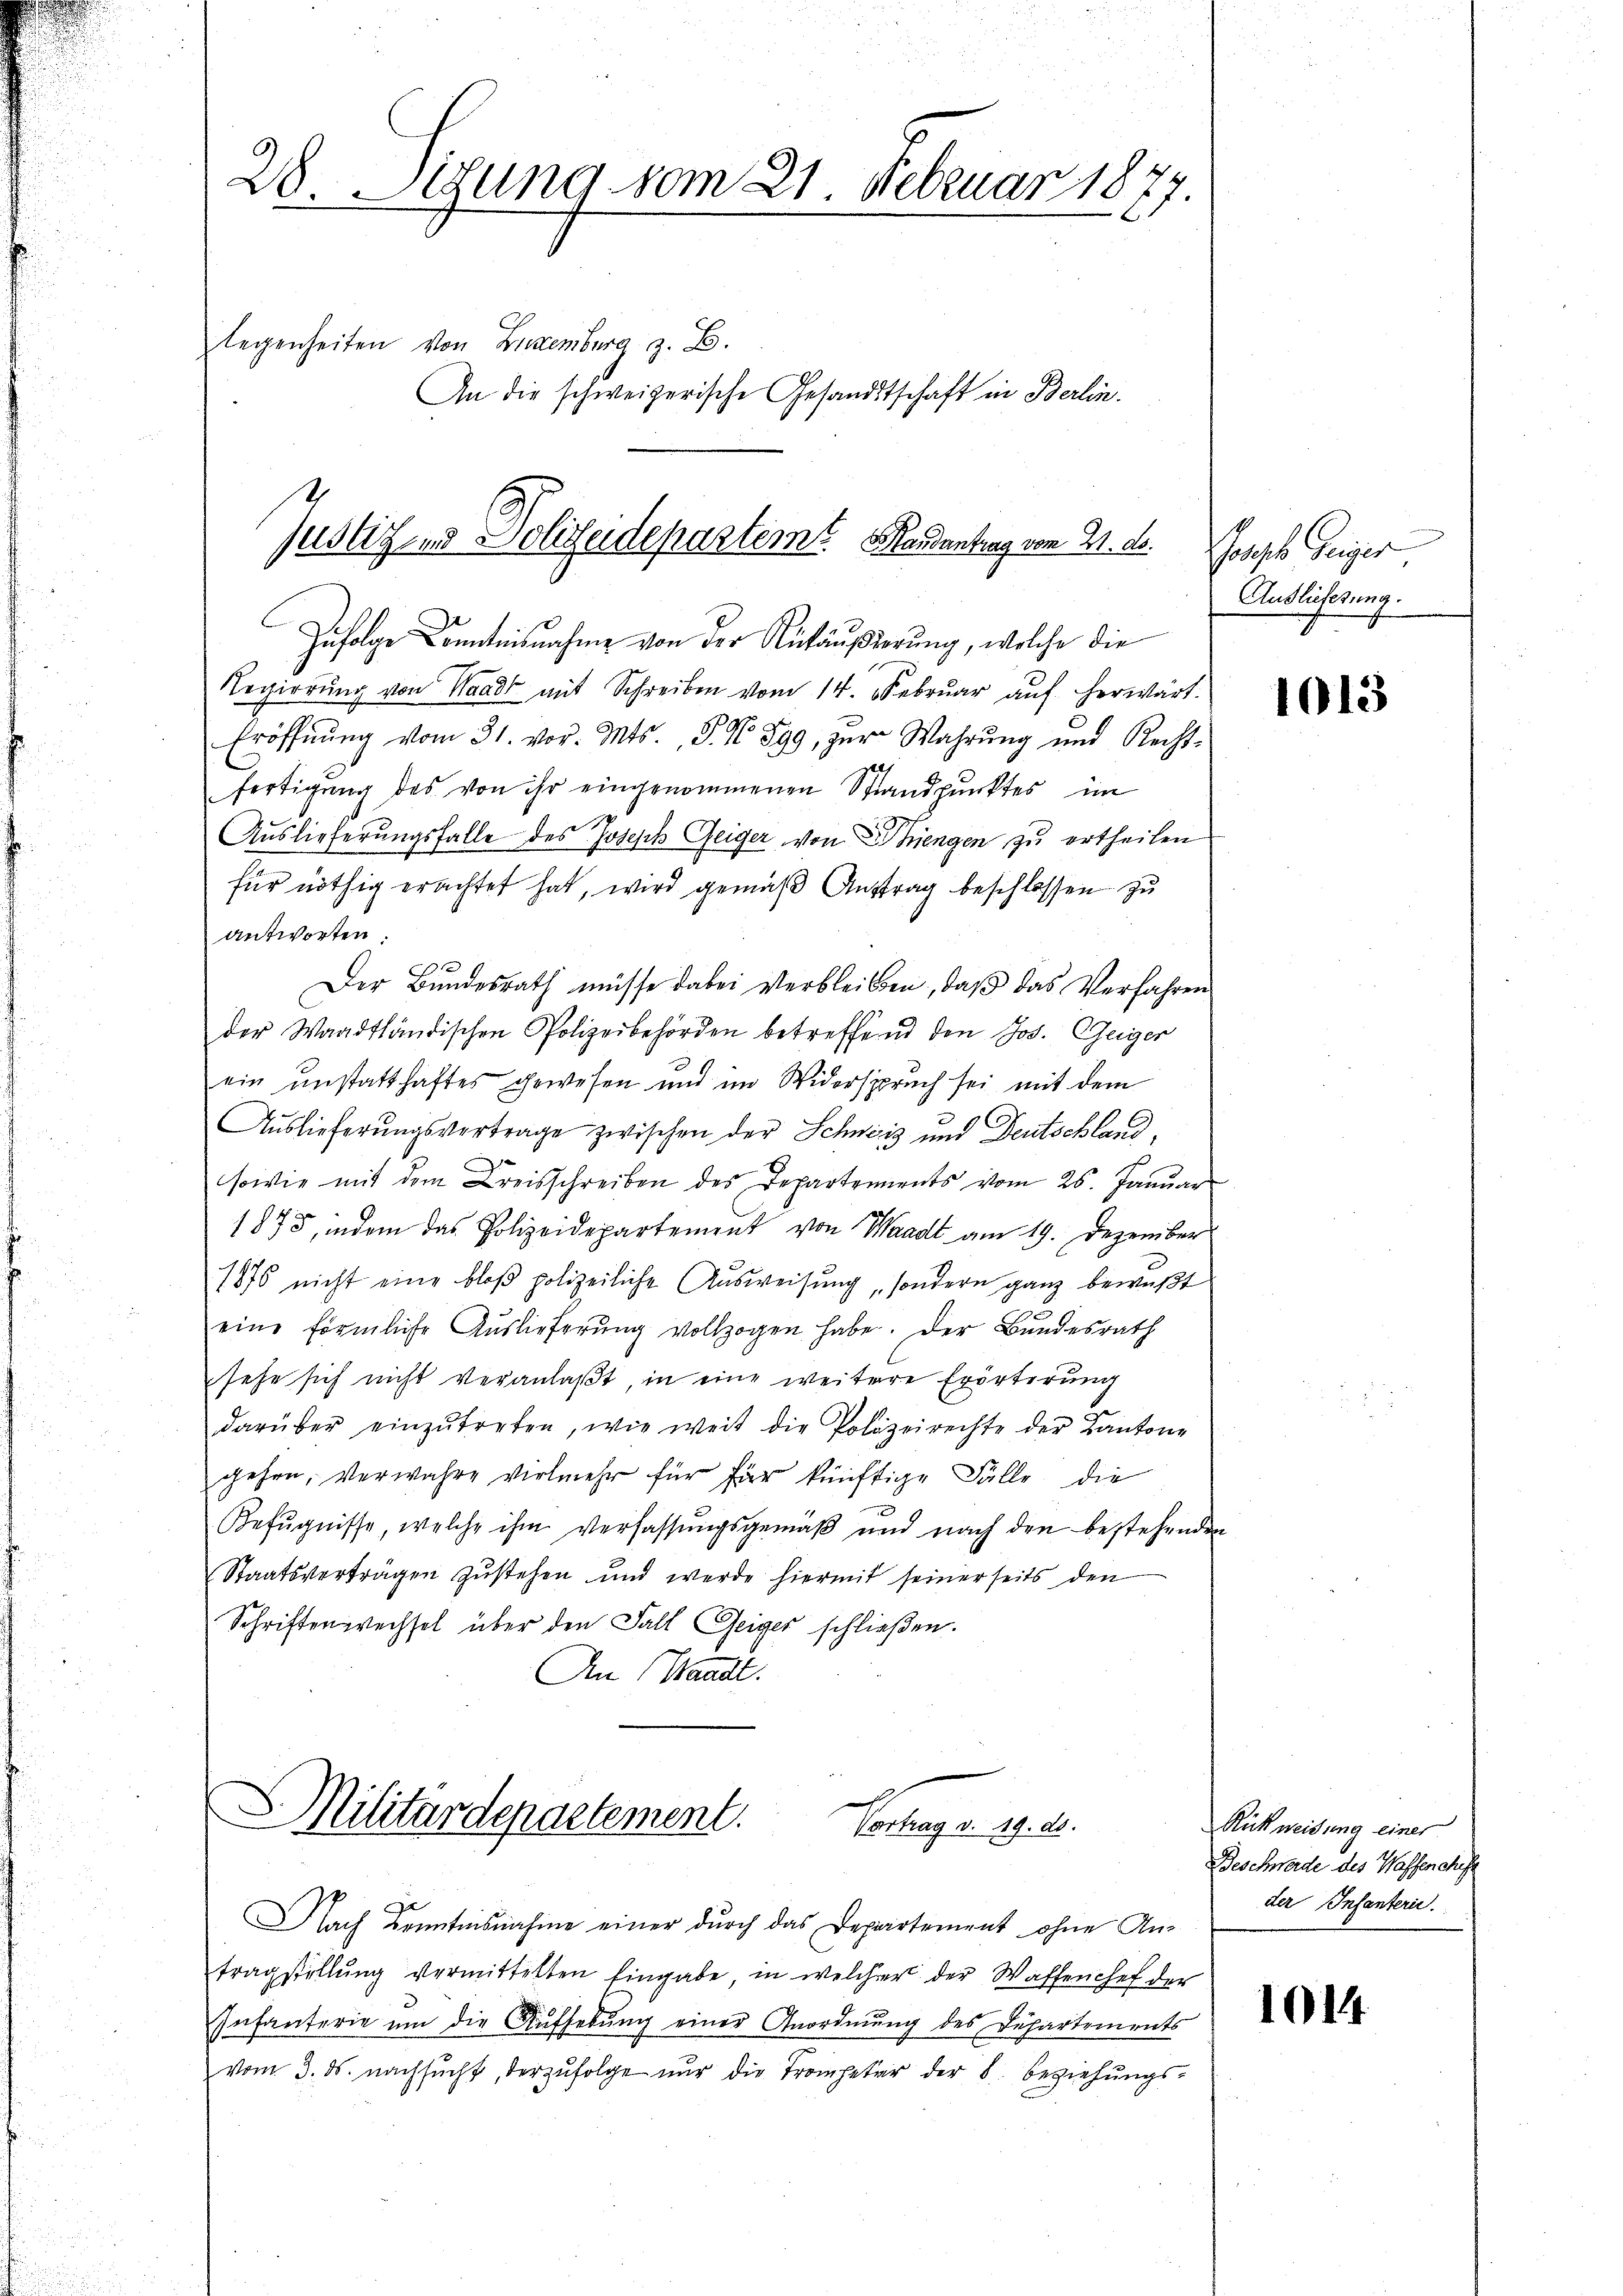
28. Situng vom 21. Februar 1877.
s
legenheiten von Luxenburg z. B.
An die schweizerische Gesandtschaft in Berlin¬

Justiz es Dolischeidepartemt. Mandantrag von 21. d.

Zufolge Conntnisnahme von der Rückäußerung, welche die
Regierŭng von Waadt mit Schreiben vom 14. Febrŭar aŭf herwärt
Eröffnŭng vom 31. vor. Mts., P. Nr. 899, zur Wahrŭng und Recht-
e
fertigung des von ihr eingenommenen Standpunktes im
Auslieferungsfalle des Joseph Geiger von hiengen zu ertheilen
für nöthig erachtet hat, wird gemäß Auftrag beschlossen zu
antworten:
e
Der Bundesrath müsse dabei Verbleiben, daß das Verfahren
der Waadtländischen Polizeibehörden betreffend den Jos. Geiger
ein unstatthaftes gewesen und im Widerspruch sei mit dem
Auslieferŭngsvertrage zwischen der Schweiz und Deutschland,
sowie mit dem Kreisschreiben des Departements vom 26. Januar
1875, indem das Polizeidepartement von Waadt am 19. Dezember
1875 nicht eine bloß polizeiliche Ausweisung sondern ganz bewußt
eine förmliche Auslieferung vollzogen habe. Der Bundesrath
sehe sich nicht veranlaßt, in eine weitere Erörterung
darüber einzŭtreten, wie weit die Polizeirechte der Kantone
gehen, verwahre vielmehr für für künftige Fälle die
Befŭgnisse, welche ihm verfassŭngsgemäβ und nach den bestehenden
Staatsverträgen zustehen und werde hiermit seiner seits den
Schriftenwechsel über den Fall Geiger schließen.
An Waadt.

S. Militärdepartement.
Vortrag a. 19. d.

Infanterie um die Aufhebŭng einer Anordnung des Departements
vom 3. ds. nachsucht, derzufolge nur die Trompeter der 8. Beziehungs¬

Nach Kenntnisnahme einer durch das Departement ohne Antragstellŭng vermittelten Eingabe, in welcher der Waffenchef der

Joseph Feiger
Auslieferung.

1013

Rückweisung einer
Beschnade des Wassencheft
der Infanteri.

1014